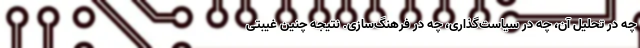
چه در تحلیل آن، چه در سیاست‌گذاری، چه در فرهنگ‌سازی. نتیجه چنین غیبتی